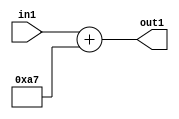
`timescale 1ps / 1ps
/*****************************************************************************
    Verilog RTL Description
    
    
    Created by: Stratus DpOpt 2019.1.01 
*******************************************************************************/

module DC_Filter_Add_12U_282_1 (
	in1,
	out1
	); /* architecture "behavioural" */ 
input [11:0] in1;
output [11:0] out1;
wire [11:0] asc001;

assign asc001 = 
	+(in1)
	+(12'B000010100111);

assign out1 = asc001;
endmodule

/* CADENCE  urnxTQ0= : u9/ySgnWtBlWxVPRXgAZ4Og= ** DO NOT EDIT THIS LINE ******/